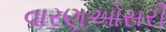
વારણઓસરી